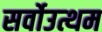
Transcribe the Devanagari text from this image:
सर्वोउत्थम